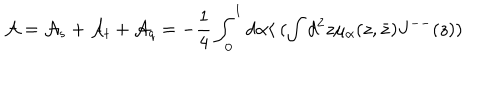
LaTeX: { \cal A } = { \cal A } _ { s } + { \cal A } _ { t } + { \cal A } _ { q } = - \frac { 1 } { 4 } \int _ { 0 } ^ { 1 } d \alpha \langle ~ ( \int d ^ { 2 } z \mu _ { \alpha } ( z , \bar { z } ) J ^ { -- } ( z ) )